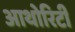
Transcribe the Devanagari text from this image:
आथोरिटी